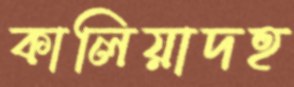
কালিয়াদহ